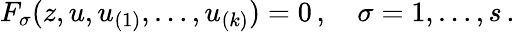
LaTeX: F_{\sigma}(z,u,u_{(1)},\ldots,u_{(k)})=0\, ,\quad\sigma=1,\ldots{},s\, .